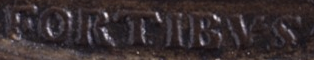
FORTIBVS